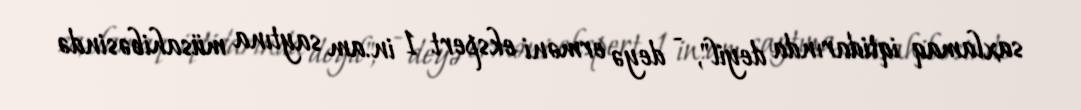
saxlamaq iqtidarında deyil", - deyə erməni ekspert 1 in.am saytına müsahibəsində